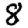
Digit: 8